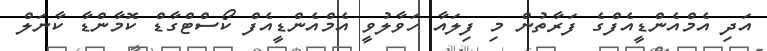
އަދި އެމްއެންޑީއެފްގެ ފަރާތުން މި ފިލައާ ހަވާލުވީ އެމްއެންޑީއެފް ކޯސްޓްގާޑް ކޮމާންޑާ ކާނަލް